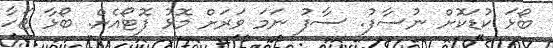
ބޯޅަ ކުޑަކޮށް ނުސާފު. ސާފު ނަމަ ވަރަށް މޮޅު ފޮޓޯއެށް. ބޯޅާ ޖަހާ